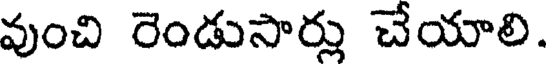
వుంచి రెండుసార్లు చేయాలి.